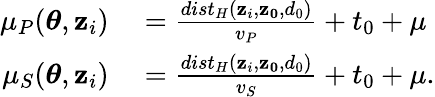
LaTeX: \begin{array}{rl}{\mu_{P}(\boldsymbol{\theta},\mathbf{z}_{i})}&{{}=\frac{dist_{H}(\mathbf{z}_{i},\mathbf{z_{0}},d_{0})}{v_{P}}+t_{0}+\mu}\\ {\mu_{S}(\boldsymbol{\theta},\mathbf{z}_{i})}&{{}=\frac{dist_{H}(\mathbf{z}_{i},\mathbf{z_{0}},d_{0})}{v_{S}}+t_{0}+\mu.}\end{array}